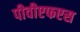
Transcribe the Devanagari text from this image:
पीवीएफएस